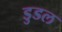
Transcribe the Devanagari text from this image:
डुडल